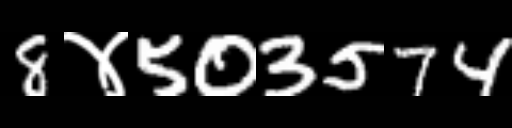
Text: 8४503574